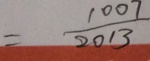
= \frac { 1 0 0 7 } { 2 0 1 3 }